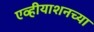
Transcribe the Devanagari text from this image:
एव्हीयाशनच्या